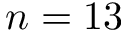
n = 1 3